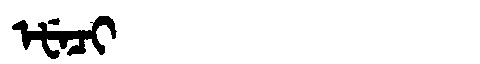
Manchu: ᡝᡶᡝᠴᡳ
Romanization: EFECI